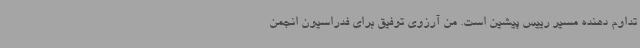
تداوم دهنده مسیر رییس پیشین است. من آرزوی توفیق برای فدراسیون انجمن